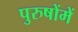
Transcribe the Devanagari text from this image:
पुरुषोंमें